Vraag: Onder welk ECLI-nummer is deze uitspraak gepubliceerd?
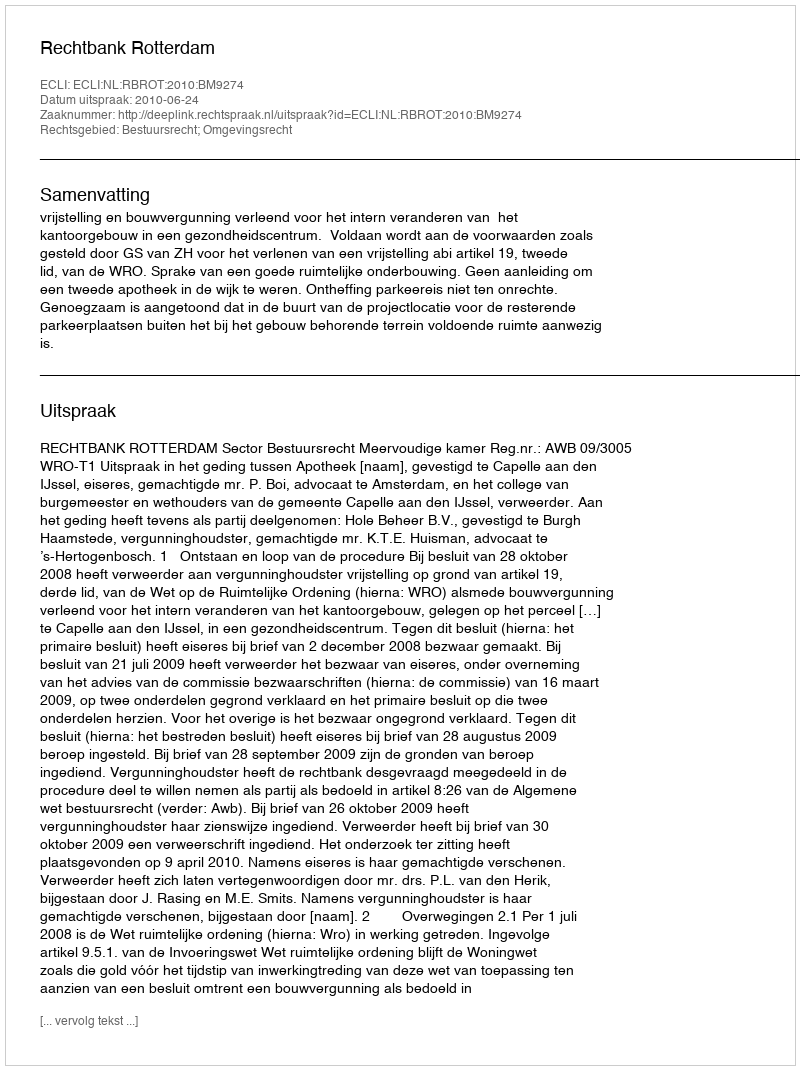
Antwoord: ECLI:NL:RBROT:2010:BM9274